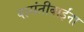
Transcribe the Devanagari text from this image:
वासंतीबाईंना